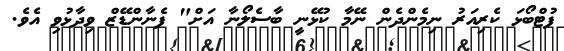
ފުޓްބޯޅަ ކެރިއަރު ނިމެންދެން ނޭމާ ކުޅޭނީ ބާސެލޯނާ އަށް" ފެނާންޑޭޒް ވިދާޅުވި އެވެ.